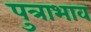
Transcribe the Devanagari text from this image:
पुत्राभाव